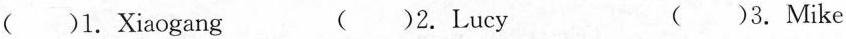
( )1.Xiaogang ( )2.Lucy ( )3.Mike